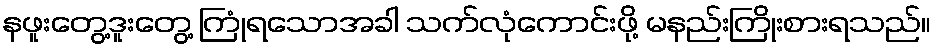
နဖူးတွေ့ဒူးတွေ့ ကြုံရသောအခါ သက်လုံကောင်းဖို့ မနည်းကြိုးစားရသည်။